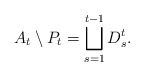
\begin{align*}{A}_t\setminus {P}_t=\bigsqcup_{s=1}^{t-1} D_s^t.\end{align*}